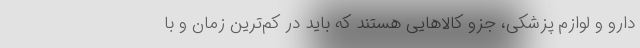
دارو و لوازم پزشکی، جزو کالاهایی هستند که باید در کم‌ترین زمان و با